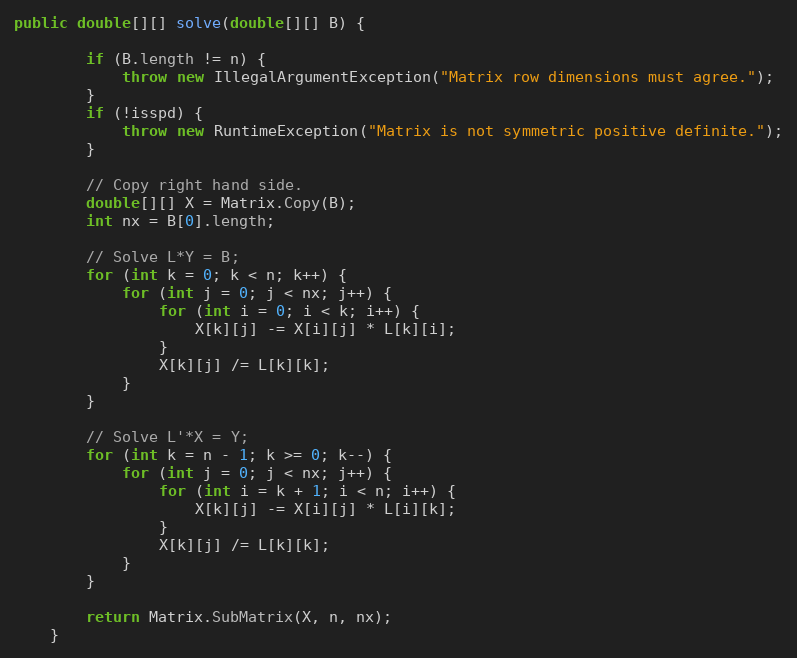
Language: Java
public double[][] solve(double[][] B) {

        if (B.length != n) {
            throw new IllegalArgumentException("Matrix row dimensions must agree.");
        }
        if (!isspd) {
            throw new RuntimeException("Matrix is not symmetric positive definite.");
        }

        // Copy right hand side.
        double[][] X = Matrix.Copy(B);
        int nx = B[0].length;

        // Solve L*Y = B;
        for (int k = 0; k < n; k++) {
            for (int j = 0; j < nx; j++) {
                for (int i = 0; i < k; i++) {
                    X[k][j] -= X[i][j] * L[k][i];
                }
                X[k][j] /= L[k][k];
            }
        }

        // Solve L'*X = Y;
        for (int k = n - 1; k >= 0; k--) {
            for (int j = 0; j < nx; j++) {
                for (int i = k + 1; i < n; i++) {
                    X[k][j] -= X[i][j] * L[i][k];
                }
                X[k][j] /= L[k][k];
            }
        }

        return Matrix.SubMatrix(X, n, nx);
    }